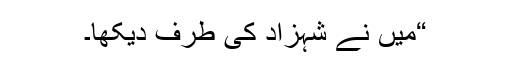
“میں نے شہزاد کی طرف دیکھا۔